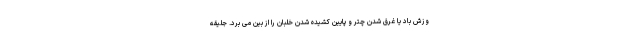
وزش باد یا غرق شدن چتر و پایین کشیده شدن خلبان را از بین می برد. جلیقه